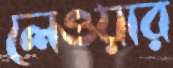
লেওয়ার